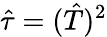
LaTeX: \hat{\tau}=(\hat{T})^{2}